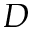
D